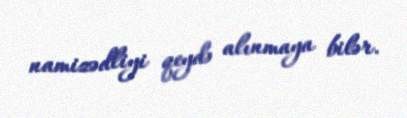
namizədliyi qeydə alınmaya bilər.